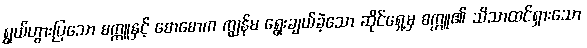
ရွှယ်ဟွားပြသော စက္ကူနှင့် စောစောက ကျွန်မ ရွေးချယ်ခဲ့သော ဆိုင်ရှေ့မှ စက္ကူ၏ သိသာထင်ရှားသော